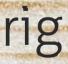
rig